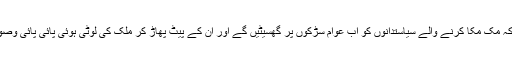
انہوںنے کہا کہ مک مکا کرنے والے سیاستدانوں کو اب عوام سڑکوں پر گھسیٹیں گے اور ان کے پیٹ پھاڑ کر ملک کی لوٹی ہوئی پائی پائی وصول کریں گے۔